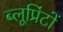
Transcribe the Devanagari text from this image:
ब्लूप्रिंटों